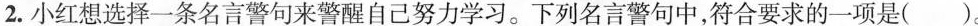
2.小红想选择一条名言警句来警醒自己努力学习。下列名言警句中，符合要求的-项是( )。